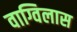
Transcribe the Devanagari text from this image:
वाग्विलास